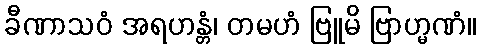
ခီဏာသဝံ အရဟန္တံ၊ တမဟံ ဗြူမိ ဗြာဟ္မဏံ။